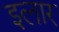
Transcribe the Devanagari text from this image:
इलार